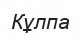
Кұлпа